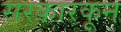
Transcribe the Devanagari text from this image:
सरकारकून